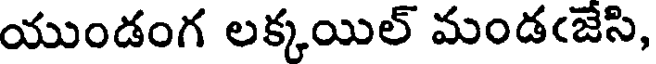
యుండంగ లక్కయిల్ మండఁజేసి,